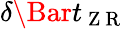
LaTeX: \delta\Bar{t}_{\mathrm{~Z~R~}}